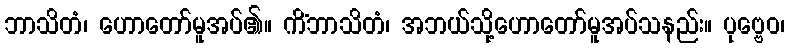
ဘာသိတံ၊ ဟောတော်မူအပ်၏။ ကိံဘာသိတံ၊ အဘယ်သို့ဟောတော်မူအပ်သနည်း။ ပုဗ္ဗေဝ၊